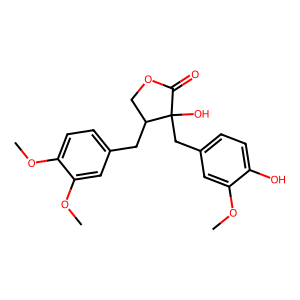
SMILES: COc1cc(CC2(O)C(=O)OCC2Cc2ccc(OC)c(OC)c2)ccc1O
Inhibits HIV replication: No